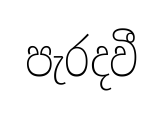
පැරදවී